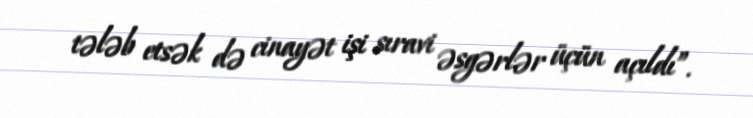
tələb etsək də cinayət işi sıravi əsgərlər üçün açıldı”.